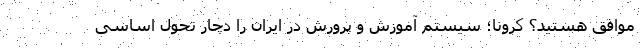
موافق هستید؟ کرونا؛ سیستم آموزش و پرورش در ایران را دچار تحول اساسی